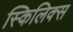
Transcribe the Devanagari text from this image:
स्किलिक्स